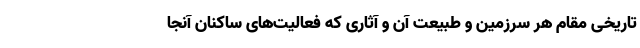
تاریخی مقامِ هر سرزمین و طبیعتِ آن و آثاری که فعالیت‌های ساکنان آنجا